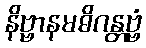
နိဗ္ဗာနမဓိဂန္တဗ္ဗံ